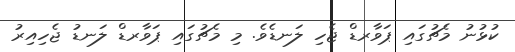
ކުޅުނު މެޗުގައި ޕަވާރޑް ޖެހި ލަނޑެވެ. މި މެޗުގައި ޕަވާރޑް ލަނޑު ޖެހިއިރު